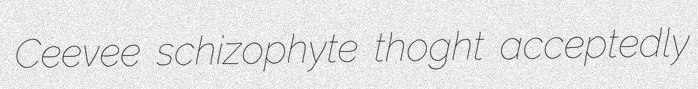
Ceevee schizophyte thoght acceptedly